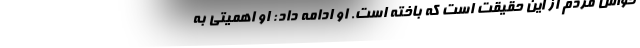
حواس مردم از این حقیقت است که باخته است. او ادامه داد: او اهمیتی به